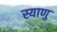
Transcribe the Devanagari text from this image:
स्याणु